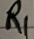
Text: R1